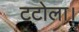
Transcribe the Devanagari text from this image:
टटोला।